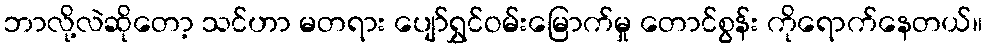
ဘာလို့လဲဆိုတော့ သင်ဟာ မတရား ပျော်ရွှင်ဝမ်းမြောက်မှု တောင်စွန်း ကိုရောက်နေတယ်။